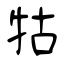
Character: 牯